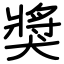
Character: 獎